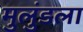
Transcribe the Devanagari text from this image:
मुलुंडला